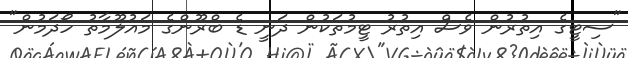
"ސިޓީގެ އިތުރުން ވެސް އިތުރު ޓީމުތަކުން ދަނީ ޑެ ބްރޫންގެ މައުލޫމާތު ހޯދަމުން"